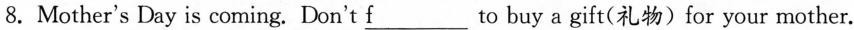
8.Mother's Day is coming. Don't \underline{f}___ to buy a gift(礼物)for your mother.